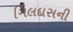
ગિલદાસની